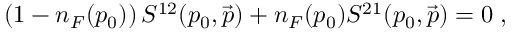
\left( 1 - n _ { F } ( p _ { 0 } ) \right) S ^ { 1 2 } ( p _ { 0 } , \vec { p } ) + n _ { F } ( p _ { 0 } ) S ^ { 2 1 } ( p _ { 0 } , \vec { p } ) = 0 \; ,